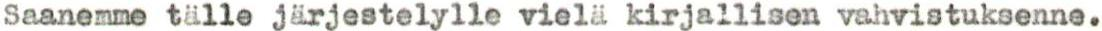
Saanemme tälle järjestelylle vielä kirjallisen vahvistuksenne.